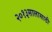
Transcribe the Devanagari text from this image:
२०१३सालासाठी